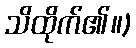
သိထိုက်၏။)